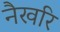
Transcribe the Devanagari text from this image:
नैखरि